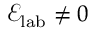
\mathcal { E } _ { \mathrm { l a b } } \neq 0